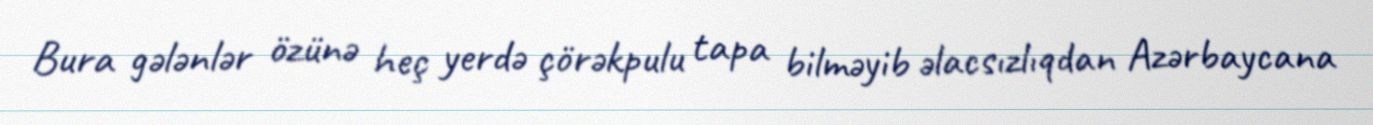
Bura gələnlər özünə heç yerdə çörəkpulu tapa bilməyib əlacsızlıqdan Azərbaycana